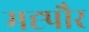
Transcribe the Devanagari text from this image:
मह्पौर